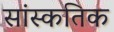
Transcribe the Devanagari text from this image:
सांस्कतिक